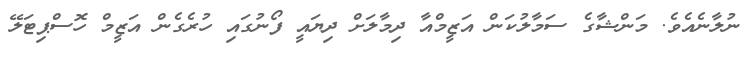
ނުލާނެއެވެ. މަންޝާގެ ސަމާލުކަން އަޒީމްއާ ދިމާލަށް ދިޔައީ ފޯނުގައި ހުރެގެން އަޒީމް ހޮސްޕިޓަލޭ